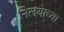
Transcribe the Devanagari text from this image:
निलयाच्या